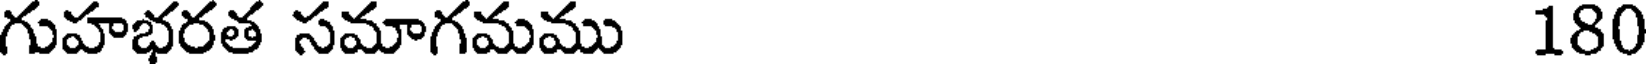
గుహభరత సమాగమము 180